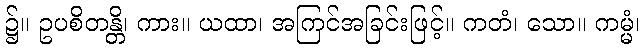
၌။ ဥပစိတန္တိ၊ ကား။ ယထာ၊ အကြင်အခြင်းဖြင့်။ ကတံ၊ သော။ ကမ္မံ၊